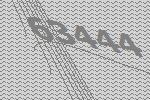
63444